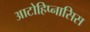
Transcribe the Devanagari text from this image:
आटोहिप्नासिस